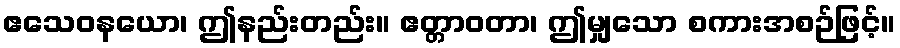
ဧသေဝနယော၊ ဤနည်းတည်း။ ဧတ္တာဝတာ၊ ဤမျှသော စကားအစဉ်ဖြင့်။